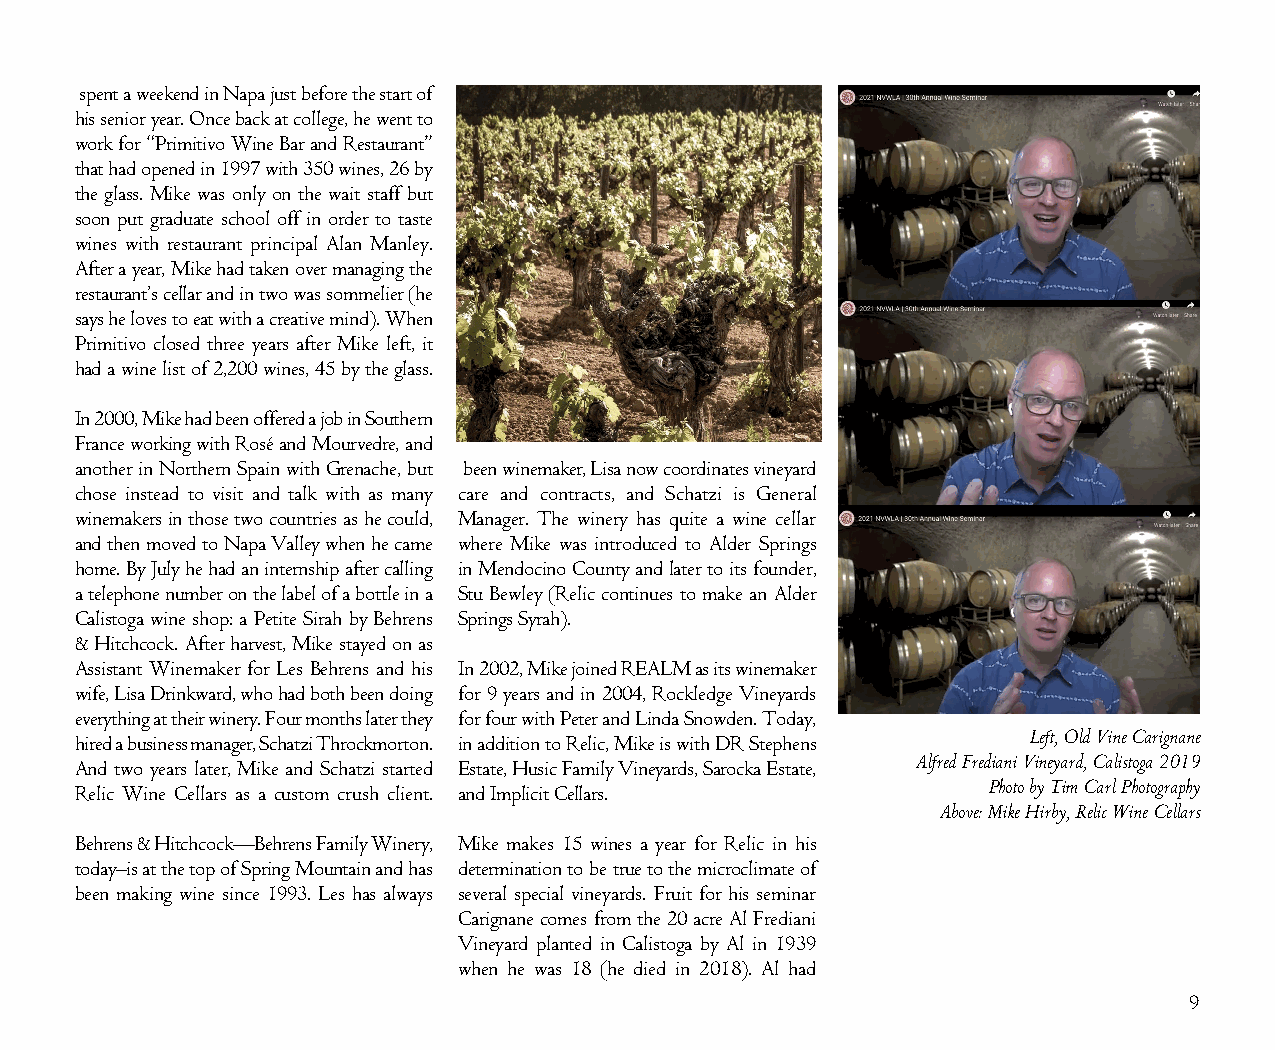
spent a weekend in Napa just before the start of
 his senior year. Once back at college, he went to
 work for “Primitivo Wine Bar and Restaurant”
 that had opened in 1997 with 350 wines, 26 by
 the glass. Mike was only on the wait staff but
 soon put graduate school off in order to taste
 wines with restaurant principal Alan Manley.
 After a year, Mike had taken over managing the
 restaurant’s cellar and in two was sommelier (he
 says he loves to eat with a creative mind). When
 Primitivo closed three years after Mike left, it
 had a wine list of 2,200 wines, 45 by the glass.
 In 2000, Mike had been offered a job in Southern
 France working with Rosé and Mourvedre, and
 another in Northern Spain with Grenache, but been winemaker, Lisa now coordinates vineyard
 chose instead to visit and talk with as many care and contracts, and Schatzi is General
 winemakers in those two countries as he could, Manager. The winery has quite a wine cellar
 and then moved to Napa Valley when he came where Mike was introduced to Alder Springs
 home. By July he had an internship after calling in Mendocino County and later to its founder,
 a telephone number on the label of a bottle in a Stu Bewley (Relic continues to make an Alder
 Calistoga wine shop: a Petite Sirah by Behrens Springs Syrah).
 & Hitchcock. After harvest, Mike stayed on as
 Assistant Winemaker for Les Behrens and his In 2002, Mike joined REALM as its winemaker
 wife, Lisa Drinkward, who had both been doing for 9 years and in 2004, Rockledge Vineyards
 everything at their winery. Four months later they for four with Peter and Linda Snowden. Today,
 Left, Old Vine Carignane
 hired a business manager, Schatzi Throckmorton. in addition to Relic, Mike is with DR Stephens
 Alfred Frediani Vineyard, Calistoga 2019
 And two years later, Mike and Schatzi started Estate, Husic Family Vineyards, Sarocka Estate,
 Photo by Tim Carl Photography
 Relic Wine Cellars as a custom crush client. and Implicit Cellars.
 Above: Mike Hirby, Relic Wine Cellars
 Behrens & Hitchcock—Behrens Family Winery, Mike makes 15 wines a year for Relic in his
 today–is at the top of Spring Mountain and has determination to be true to the microclimate of
 been making wine since 1993. Les has always several special vineyards. Fruit for his seminar
 Carignane comes from the 20 acre Al Frediani
 Vineyard planted in Calistoga by Al in 1939
 when he was 18 (he died in 2018). Al had
 9